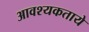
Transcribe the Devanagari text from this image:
आवश्यकताये